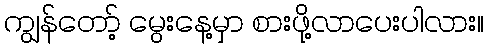
ကျွန်တော့် မွေးနေ့မှာ စားဖို့လာပေးပါလား။